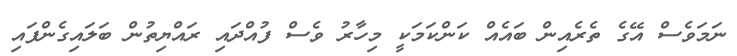
ނަމަވެސް އޭގެ ތެރެއިން ބައެއް ކަންކަމަކީ މިހާރު ވެސް ފުއްދައި ރައްޔިތުން ބަލައިގެންފައި